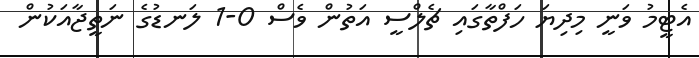
އެޓީމު ވަނީ މިދިޔަ ހަފްތާގައި ޗެލްސީ އަތުން ވެސް 0-1 ލަނޑުގެ ނަތީޖާއަކުން